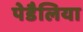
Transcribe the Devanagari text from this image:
पेडैलिया